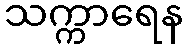
သက္ကာရေန